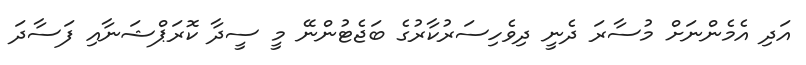
އަދި އެމެންނަށް މުސާރަ ދެނީ ދިވެހިސަރުކާރުގެ ބަޖެޓުންނޭ މީ ސީދާ ކޮރަޕްޝަނާއި ފަސާދަ